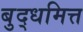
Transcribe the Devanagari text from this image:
बुद्धमित्त